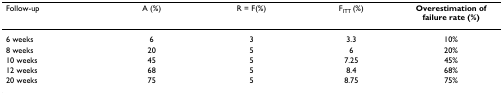
| Follow-up | A (%) | R = F(%) | FITT (%) | Overestimation of failure rate (%) |
 | --- | --- | --- | --- | --- |
 | 6 weeks | 6 | 3 | 3.3 | 10% |
 | 8 weeks | 20 | 5 | 6 | 20% |
 | 10 weeks | 45 | 5 | 7.25 | 45% |
 | 12 weeks | 68 | 5 | 8.4 | 68% |
 | 20 weeks | 75 | 5 | 8.75 | 75% |